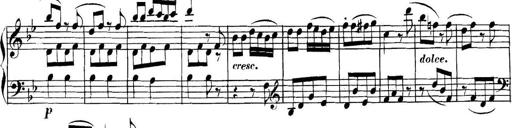
Title: Collected Piano Sonatas
Composer: Muzio Clementi